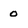
Character: o